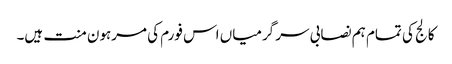
کالج کی تمام ہم نصابی سر گرمیاں اس فورم کی مرہون منت ہیں۔